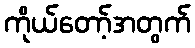
ကိုယ်တော့်အတွက်